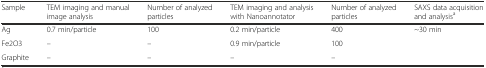
<table><thead><tr><td><b>Sample</b></td><td><b>TEM imaging and manual image analysis</b></td><td><b>Number of analyzed particles</b></td><td><b>TEM imaging and analysis with Nanoannotator</b></td><td><b>Number of analyzed particles</b></td><td><b>SAXS data acquisition and analysis<sup>a</sup></b></td></tr></thead><tbody><tr><td>Ag</td><td>0.7 min/particle</td><td>100</td><td>0.2 min/particle</td><td>400</td><td rowspan="3">~30 min</td></tr><tr><td>Fe2O3</td><td>–</td><td>–</td><td>0.9 min/particle</td><td>100</td></tr><tr><td>Graphite</td><td>–</td><td>–</td><td>–</td><td>–</td></tr></tbody></table>